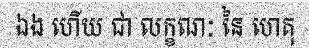
ឯង ហើយ ជា លក្ខណៈ នៃ ហេតុ